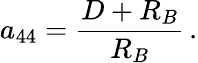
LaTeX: a_{44}={\frac{D+R_{B}}{R_{B}}}\, .